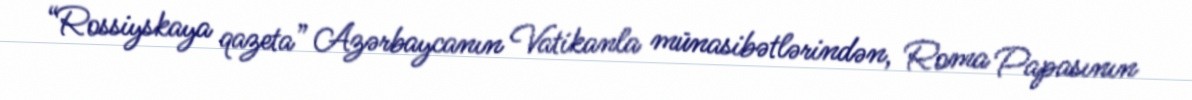
“Rossiyskaya qazeta” Azərbaycanın Vatikanla münasibətlərindən, Roma Papasının